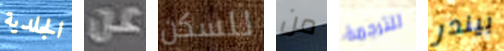
الجلدية عن للسكن من للترجمة بيندر